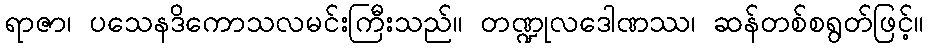
ရာဇာ၊ ပသေနဒိကောသလမင်းကြီးသည်။ တဏ္ဍုလဒေါဏဿ၊ ဆန်တစ်စရွတ်ဖြင့်။